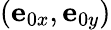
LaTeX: (\mathbf{e}_{0x},\mathbf{e}_{0y})